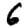
Digit: 6